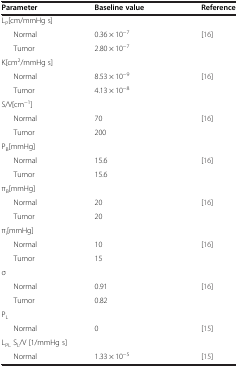
| Parameter | Baseline value | Reference |
 | --- | --- | --- |
 | <COLSPAN=3> LP[cm/mmHg s] |
 | Normal | 0.36 × 10−7 | <ROWSPAN=2> [16] |
 | Tumor | 2.80 × 10−7 |
 | <COLSPAN=3> K[cm2/mmHg s] |
 | Normal | 8.53 × 10−9 | <ROWSPAN=2> [16] |
 | Tumor | 4.13 × 10−8 |
 | <COLSPAN=3> S/V[cm−1] |
 | Normal | 70 | <ROWSPAN=2> [16] |
 | Tumor | 200 |
 | <COLSPAN=3> PB[mmHg] |
 | Normal | 15.6 | <ROWSPAN=2> [16] |
 | Tumor | 15.6 |
 | <COLSPAN=3> πB[mmHg] |
 | Normal | 20 | <ROWSPAN=2> [16] |
 | Tumor | 20 |
 | <COLSPAN=3> πi[mmHg] |
 | Normal | 10 | <ROWSPAN=2> [16] |
 | Tumor | 15 |
 | <COLSPAN=3> σ |
 | Normal | 0.91 | <ROWSPAN=2> [16] |
 | Tumor | 0.82 |
 | <COLSPAN=3> PL |
 | Normal | 0 | <ROWSPAN=2> [15] |
 | <COLSPAN=3> LPL SL/V [1/mmHg s] |
 | Normal | 1.33 × 10−5 | [15] |